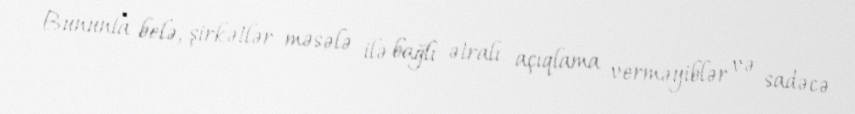
Bununla belə, şirkətlər məsələ ilə bağlı ətralı açıqlama verməyiblər və sadəcə